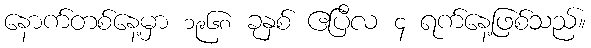
နောက်တစ်နေ့မှာ ၁၉၆၈ ခုနှစ် ဧပြီလ ၄ ရက်နေ့ဖြစ်သည်။